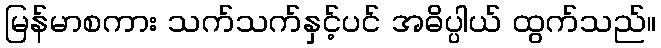
မြန်မာစကား သက်သက်နှင့်ပင် အဓိပ္ပါယ် ထွက်သည်။